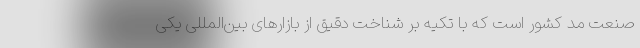
صنعت مد کشور است که با تکیه بر شناخت دقیق از بازارهای بین‌المللی یکی